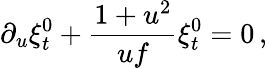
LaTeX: \partial_{u}\xi_{t}^{0}+{\frac{1+u^{2}}{uf}}\xi_{t}^{0}=0\, ,